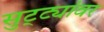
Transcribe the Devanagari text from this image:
सुट्ट्यांवर